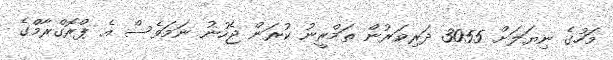
މަހުގެ ނިޔަލަށް 3055 ދަރިވަރުން ތަމްރީނު ކުރަން ޖެހުނު ނަމަވެސް އެ ޕްރޮގްރާމްގެ